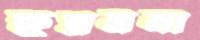
ক্ষুণ্নমনা